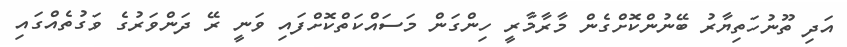
އަދި ތޫނުހަތިޔާރު ބޭނުންކޮށްގެން މާރާމާރީ ހިންގަން މަސައްކަތްކޮށްފައި ވަނީ ރޭ ދަންވަރުގެ ވަގުތެއްގައި